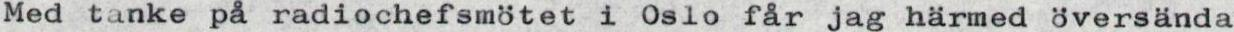
Med tanke på radiochefsmötet i Oslo får jag härmed översända